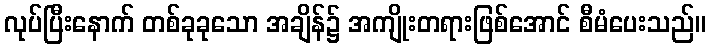
လုပ်ပြီးနောက် တစ်ခုခုသော အချိန်၌ အကျိုးတရားဖြစ်အောင် စီမံပေးသည်။